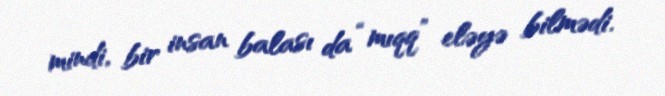
mindi, bir insan balası da “mıqq” eləyə bilmədi.